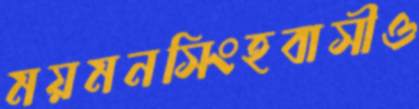
ময়মনসিংহবাসীও